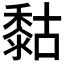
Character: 𪏻